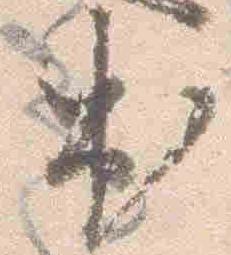
出